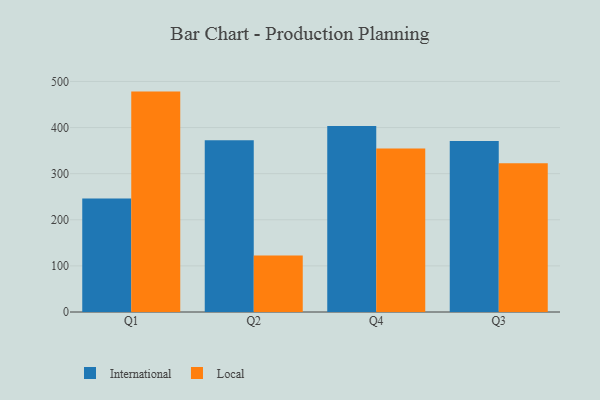
{"axis": {"x": "Quarter", "y": "Latency (ms)"}, "legend": ["International", "Local"], "data": [{"x": "Q1", "y": 246.3, "type": "International"}, {"x": "Q1", "y": 478.0, "type": "Local"}, {"x": "Q2", "y": 372.5, "type": "International"}, {"x": "Q2", "y": 122.6, "type": "Local"}, {"x": "Q4", "y": 403.2, "type": "International"}, {"x": "Q4", "y": 354.8, "type": "Local"}, {"x": "Q3", "y": 371.0, "type": "International"}, {"x": "Q3", "y": 322.4, "type": "Local"}]}